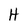
Character: H